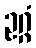
ဥဂ္ဂံ